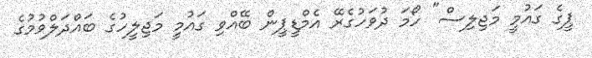
ޕީގެ ގައުމީ މަޖިލިސް" ހޯމަ ދުވަހުގެރޭ އެމްޑީޕީން ބޭއްވި ގައުމީ މަޖިލީހުގެ ބައްދަލްވުމުގެ